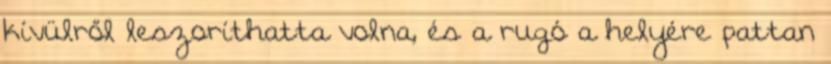
kívülről leszoríthatta volna, és a rugó a helyére pattan